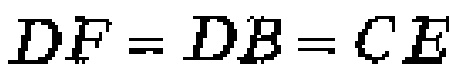
\(DF = DB = CE\)